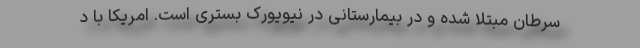
سرطان مبتلا شده و در بیمارستانی در نیویورک بستری است. امریکا با د